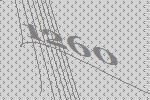
1260